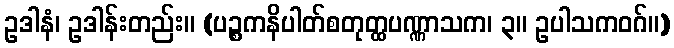
ဥဒါနံ၊ ဥဒါန်းတည်း။ (ပဉ္စကနိပါတ်စတုတ္ထပဏ္ဏာသက၊ ၃။ ဥပါသကဝဂ်။)